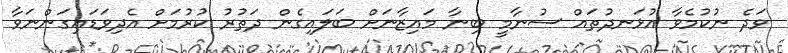
ވަދެ ނުކުމެވާ އުޅަނދުތައް ސުނާމީ ބިނާ މައިޒާނަށް ބަލައިގެން ދަތުރު ކުރުމަށް އެދިވަޑައިގަންނަވާ